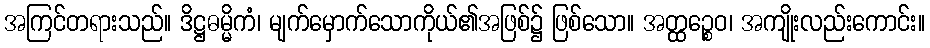
အကြင်တရားသည်။ ဒိဋ္ဌဓမ္မိကံ၊ မျက်မှောက်သောကိုယ်၏အဖြစ်၌ ဖြစ်သော။ အတ္ထဉ္စေဝ၊ အကျိုးလည်းကောင်း။